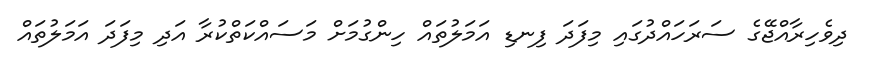
ދިވެހިރާއްޖޭގެ ސަރަހައްދުގައި މިފަދަ ފިނޑި އަމަލުތައް ހިންގުމަށް މަސައްކަތްކުރާ އަދި މިފަދަ އަމަލުތައް